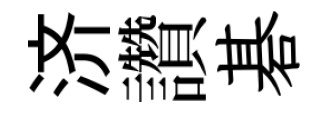
济讚碁